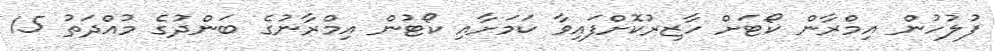
ފުލުހުން އިމްރާން ކޯޓަށް ހާޒިރުކޮށްފައިވާ ކަމަށާއި ކޯޓުން އިމްރާނުގެ ބަންދުގެ މުއްދަތު 15